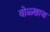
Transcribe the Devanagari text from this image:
वोळ्खावा